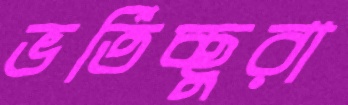
ভর্তিচ্ছুরা